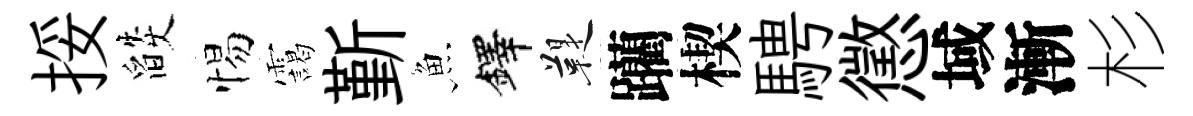
挼燄惕靄斳魚鐸鞮躪楔騁懲域漸杉